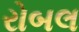
રોબલ